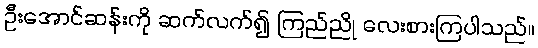
ဦးအောင်ဆန်းကို ဆက်လက်၍ ကြည်ညို လေးစားကြပါသည်။